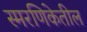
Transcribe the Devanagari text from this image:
स्मरणिकेतील